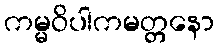
ကမ္မဝိပါကမတ္တနော